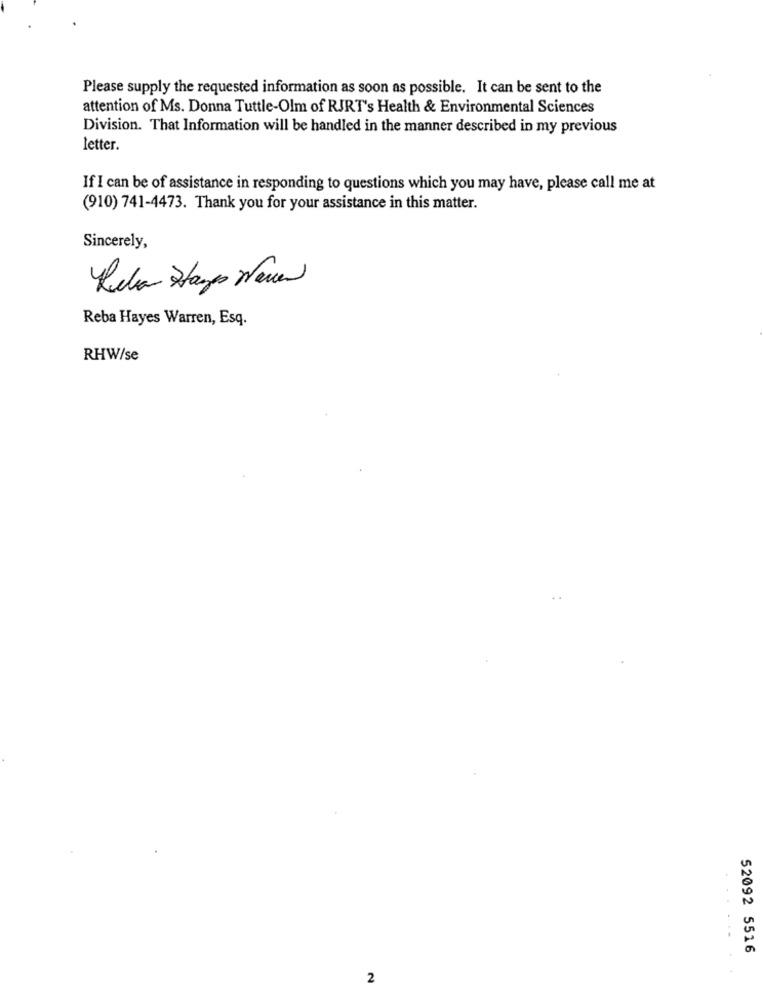
Please supply the requested information as soon as possible. It can be sent to the
attention of Ms. Donna Tuttle-Olm of RJRT's Health & Environmental Sciences
Division. That Information will be handled in the manner described in my previous
letter.
If I can be of assistance in responding to questions which you may have, please call me at
(910) 741-4473. Thank you for your assistance in this matter.
Sincerely,
Rela Stamps Neuen
Reba Hayes Warren, Esq.
RHW/se
52092 5516
2